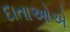
દાતાઓએ